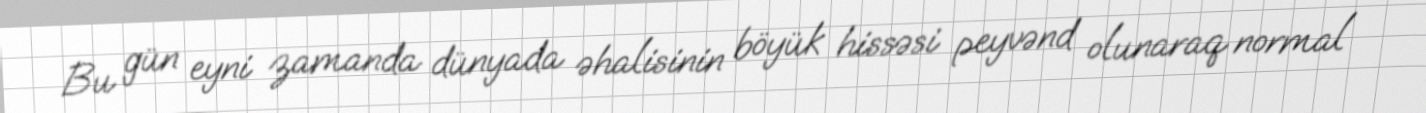
Bu gün eyni zamanda dünyada əhalisinin böyük hissəsi peyvənd olunaraq normal